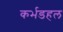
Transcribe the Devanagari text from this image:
कर्भडहल